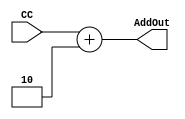
module PC_Skip(AddOut, CC);

input[15:0] CC;
output[15:0] AddOut;

assign AddOut = CC + 2;

endmodule